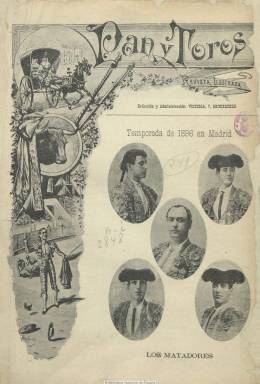
Título: Pan y toros (Madrid)
Colección: Toros
Ámbito geográfico: Madrid
Lugar de publicación: Madrid
Fechas: 06/04/1896-13/12/1897

Revista ilustrada considerada como la primera especializada en tauromaquia que introdujo el reportaje fotográfico taurino de la mano de Julio Prieto y José Irigoyen Zabaieta, fallecido este en 1911. También ocupa un papel destacado en la publicación el dibujante Emilio Porset, primer pintor de la edad de oro del cartelismo taurino, que fue su director artístico, como también lo fue Francisco Navarrete Sierra. Su director literario es el periodista, escritor y dramaturgo Leopoldo López de Saá (1870-1936). Comenzó a publicarse el seis de abril de 1896, sin que, probablemente, reapareciera en la temporada de 1898, tal como había anunciado en su último número, del 13 de diciembre del año anterior.

En números de doce páginas, que al final alcanzó las dieciséis y con algún número extraordinario de veinte, aparecía cada lunes por la mañana y publicó artículos literarios, algunas composiciones poéticas, retratos de los más renombrados diestros tanto antiguos como modernos, historiales de las ganaderías, criaderos y divisas de reses bravas, vistas de los principales cosos y cuadros de costumbres taurinas, reseñas de las corridas de toros, tanto las celebradas en Madrid como en provincias, contando para ello con corresponsales, o en países como México, de donde proceden algunas de sus crónicas, así como suertes e incidencias de la lidia, noticias generales destinadas tanto a los aficionados como a todos aquellos que protagonizaban la denominada fiesta nacional, toreros, apoderados, mayorales, picadores, etc. También ofrece artículos sobre historia, anécdotas y efemérides de la tauromaquia y una guía del espectador y, al final, publicidad comercial. Junto a los fotograbados publica también dibujos y tiras.

Entre sus colaboradores literarios aparecen Leopoldo Vázquez, Juan Pérez Zúñiga, Manuel del Río  García, José Bañuls Aracil, Ángel R. Chaves, Luis Carmena, Mariano del Toro y Herrero, José Yruela, A. Ramírez Bernal, así como los seudónimos Tris-Tras y Tabardillo, entre otros. Sus administradores fueron José Sorrozabal y Carlos Girón.